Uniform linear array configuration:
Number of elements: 48
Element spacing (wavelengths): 0.5
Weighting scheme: hann
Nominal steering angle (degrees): -30
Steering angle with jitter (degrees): -29.354
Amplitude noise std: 0.05
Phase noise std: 0.05

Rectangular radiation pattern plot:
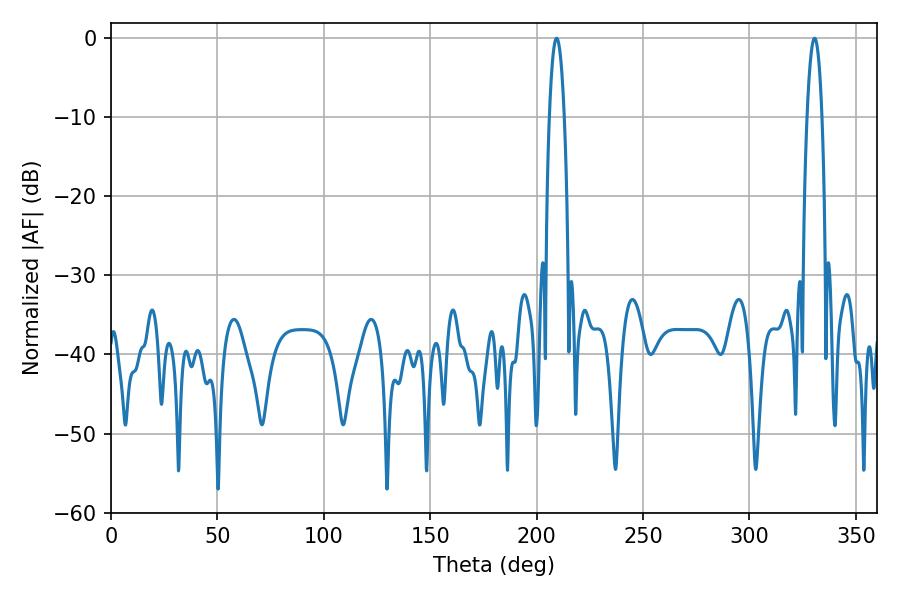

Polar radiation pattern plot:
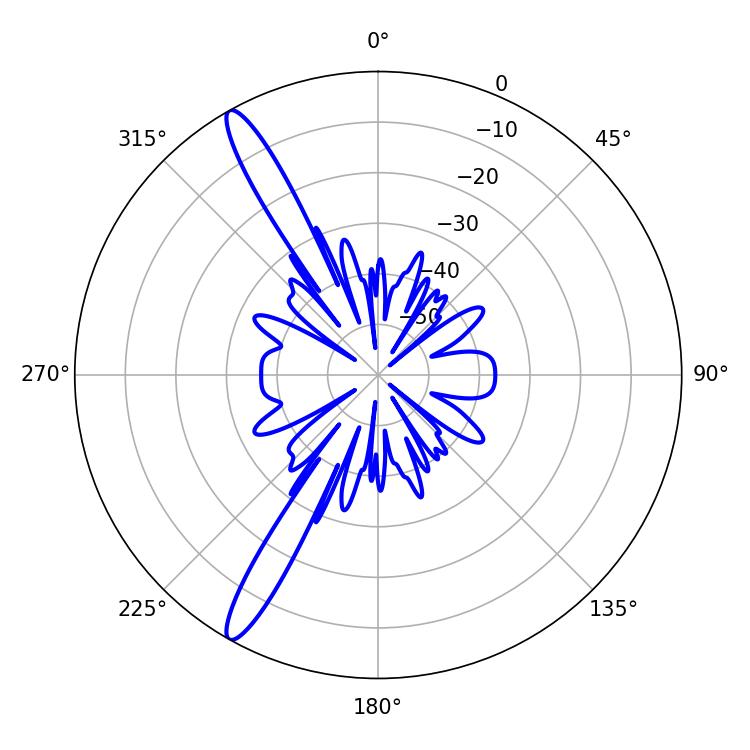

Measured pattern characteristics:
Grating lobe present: FALSE
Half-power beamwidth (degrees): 3.78
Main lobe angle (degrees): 209.34